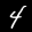
Label: 4